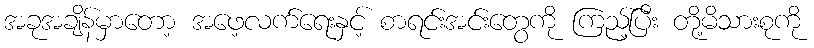
အခုအချိန်မှာတော့ အဖေ့လက်ရေးနှင့် စာရင်းအင်းတွေကို ကြည့်ပြီး တို့မိသားစုကို